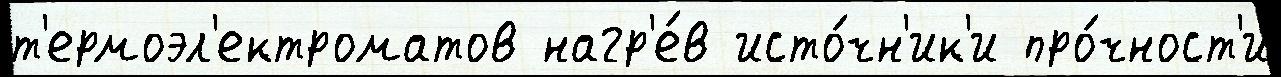
т'ермоэл'ектроматов нагр'е́в исто́чн'ик'и про́чност'и